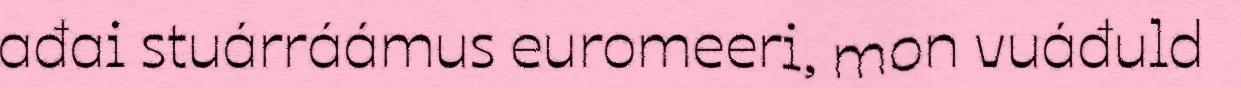
ađai stuárráámus euromeeri, mon vuáđuld